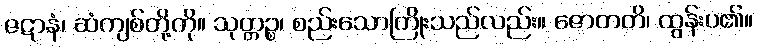
ဇဋာနံ၊ ဆံကျစ်တို့ကို။ သုတ္တဉ္စ၊ စည်းသောကြိုးသည်လည်း။ ဇောတတိ၊ ထွန်းပ၏။